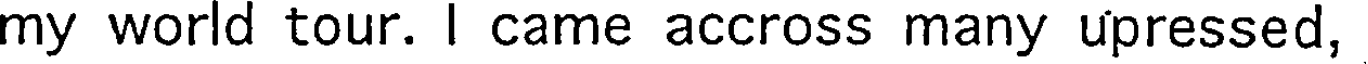
my world tour. I came accross many upressed,